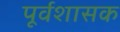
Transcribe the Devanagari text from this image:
पूर्वशासक